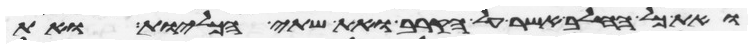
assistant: ואת כל החלב אשר על הקרב ואת שתי הכליות ואת